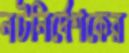
নটনির্দেশকের